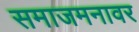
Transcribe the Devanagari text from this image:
समाजमनावर